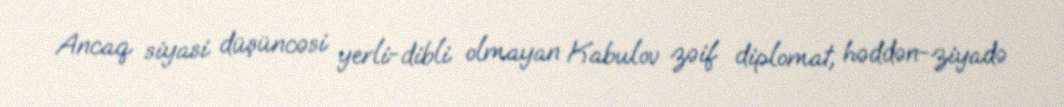
Ancaq siyasi düşüncəsi yerli-dibli olmayan Kabulov zəif diplomat, həddən-ziyadə